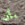
بأن